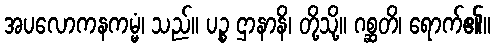
အပလောကနကမ္မံ၊ သည်။ ပဉ္စ ဌာနာနိ၊ တို့သို့။ ဂစ္ဆတိ၊ ရောက်၏။